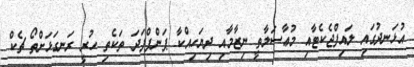
އުޅަނދުގައި ލައިފްޖެކެޓާއި މުޢާސަލާތީ ނިޒާމާއި ދިޔަހިއްކާ ޕަންޕްފަދަ ތަކެތި ހުރީ ރަނގަޅަށްތޯ ޗެކް